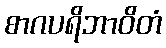
စာဂပရိဘာဝိတံ